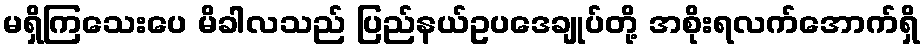
မရှိကြသေးပေ မိခါလသည် ပြည်နယ်ဥပဒေချုပ်တို့ အစိုးရလက်အောက်ရှိ